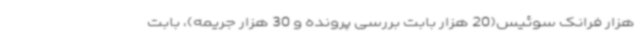
هزار فرانک سوئیس(20 هزار بابت بررسی پرونده و 30 هزار جریمه)، بابت